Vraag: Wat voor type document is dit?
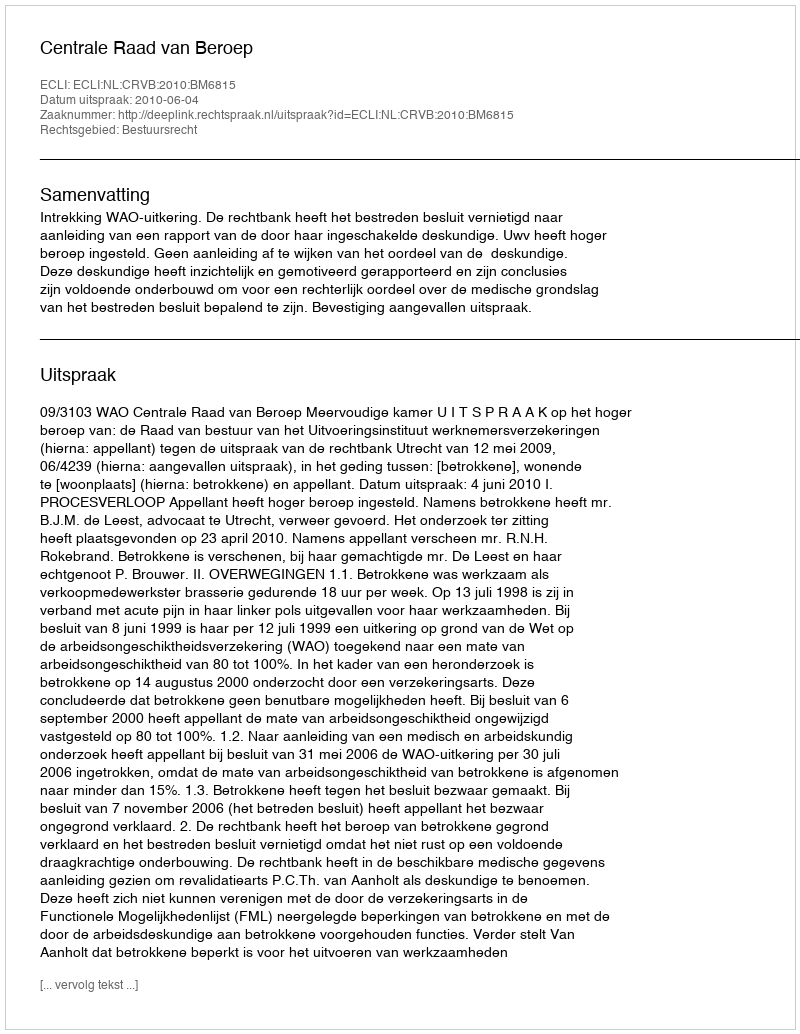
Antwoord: Uitspraak